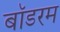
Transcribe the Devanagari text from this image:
बॉडरम